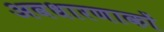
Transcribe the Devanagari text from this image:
अवधारणाकों